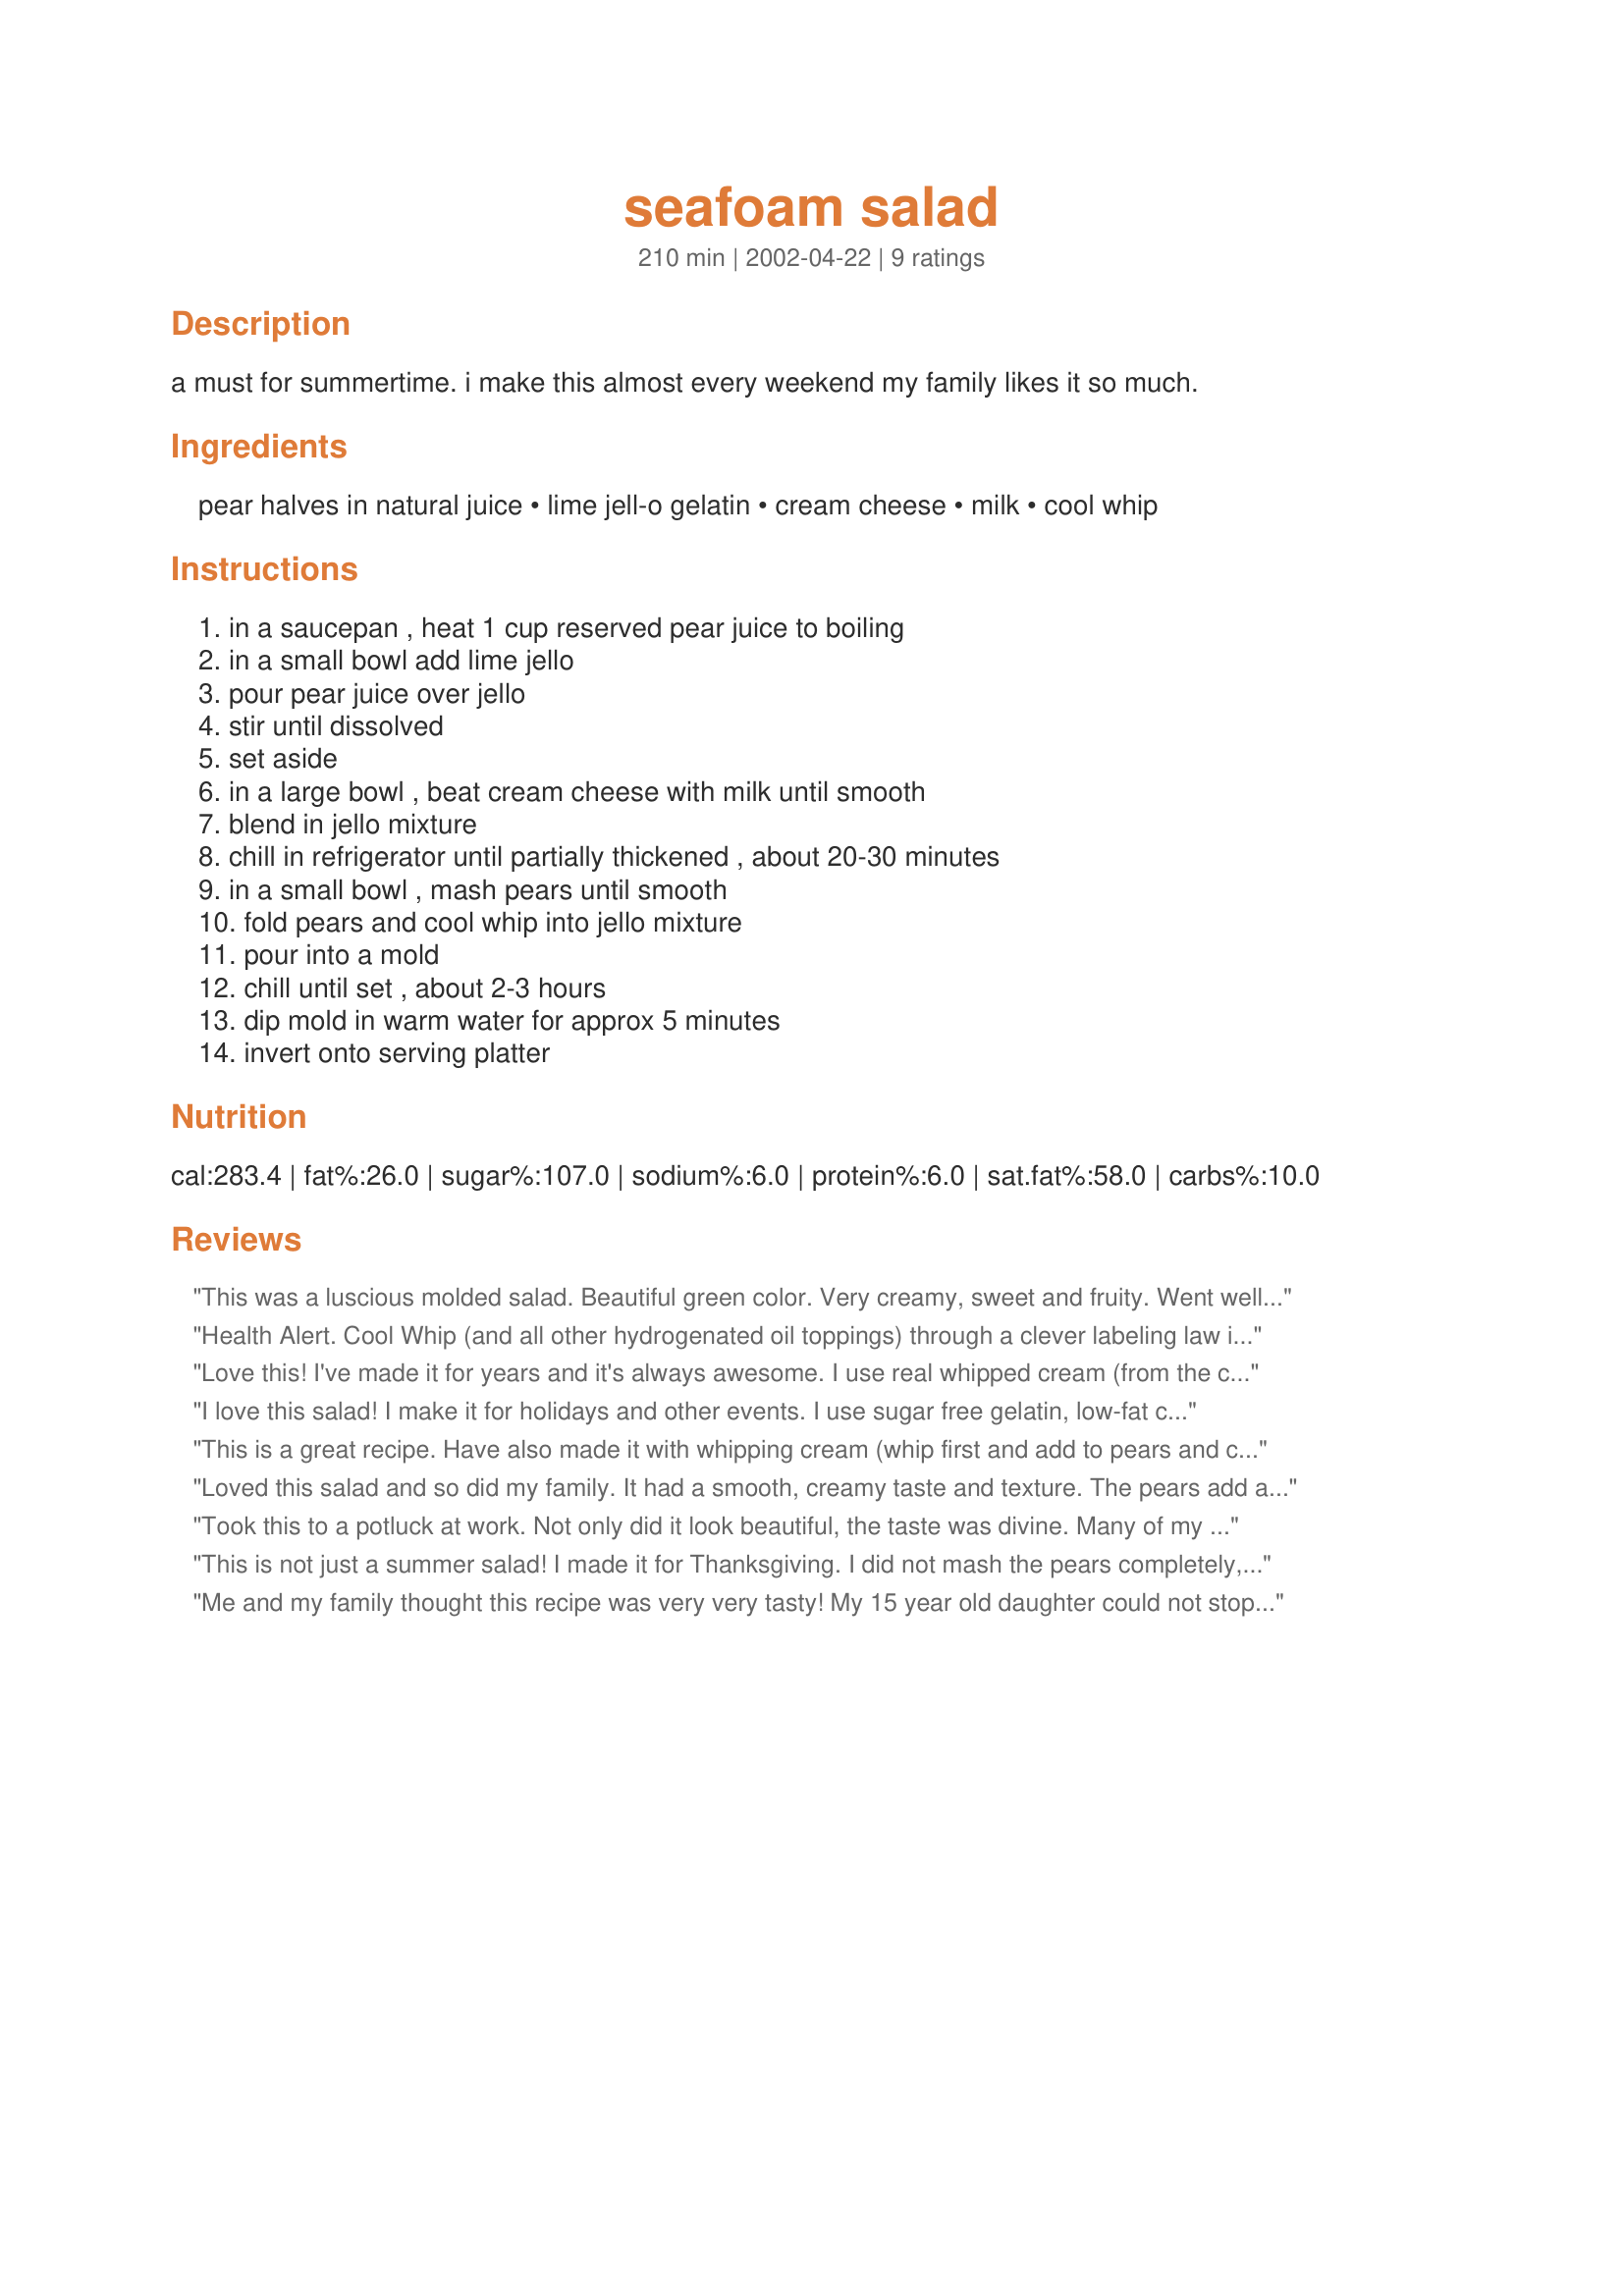
seafoam salad
Preparation time: 210 minutes

a must for summertime. i make this almost every weekend my family likes it so much.

Ingredients:
pear halves in natural juice, lime jell-o gelatin, cream cheese, milk, cool whip

Steps:
in a saucepan , heat 1 cup reserved pear juice to boiling, in a small bowl add lime jello, pour pear juice over jello, stir until dissolved, set aside, in a large bowl , beat cream cheese with milk until smooth, blend in jello mixture, chill in refrigerator until partially thickened , about 20-30 minutes, in a small bowl , mash pears until smooth, fold pears and cool whip into jello mixture, pour into a mold, chill until set , about 2-3 hours, dip mold in warm water for approx 5 minutes, invert onto serving platter

Reviews:
This was a luscious molded salad. Beautiful green color. Very creamy, sweet and fruity. Went well with our Nurse Di BBQ menu. Thanks :)
Health Alert. Cool Whip (and all other hydrogenated oil toppings) through a clever labeling law is allowed to be labeled &quot;0 grams trans-fat,&quot; when in fact it is nearly 100% trans-fat. This is because it contains less than 1 g per serving (since it's mainly all air). This stuff is really bad news. Do your health a favor and use good old fashioned whipped cream instead--unless of course you are lactose intolerant.
Love this! I've made it for years and it's always awesome. I use real whipped cream (from the can or homemade). You can use different flavors of jello for fun variations.
I love this salad! I make it for holidays and other events. I use sugar free gelatin, low-fat cream cheese and cool whip and it is still delicious.
This is a great recipe. Have also made it with whipping cream (whip first and add to pears and cream cheese)
Loved this salad and so did my family. It had a smooth, creamy taste and texture. The pears add a sweetness that was sooooo yummy. Nice green color, too. Thanks for a luscious summer salad.
Took this to a potluck at work. Not only did it look beautiful, the taste was divine. Many of my co-workers requested the recipe. This one is definitely a keeper. Thanks for sharing this one.
This is not just a summer salad! I made it for Thanksgiving. I did not mash the pears completely, but rather left some of them in small chunks. I also added cinnamon to give it a spicier flavor. Very good!
Me and my family thought this recipe was very very tasty! My 15 year old daughter could not stop asking for more of the "tasty green stuff"! Thank you so much for posting.
